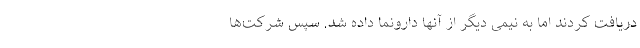
دریافت کردند اما به نیمی دیگر از آنها دارونما داده شد. سپس شرکت‌ها